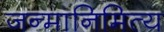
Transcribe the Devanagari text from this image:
जन्मानिमित्य